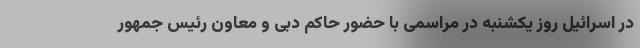
در اسرائیل روز یکشنبه در مراسمی با حضور حاکم دبی و معاون رئیس جمهور